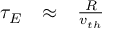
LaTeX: \begin{array} { l l l } { \tau _ { E } } & { \approx } & { { \frac { R } { v _ { t h } } } } \end{array}